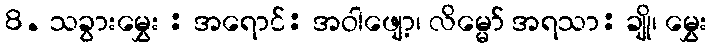
8. သခွားမွှေး : အရောင်: အဝါဖျော့၊ လိမ္မော် အရသာ: ချို၊ မွှေး